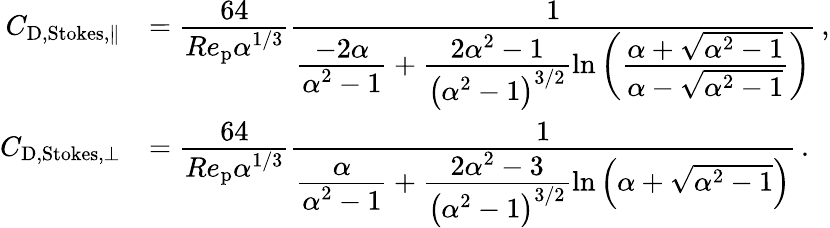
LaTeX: \begin{array}{rl}{C_{\mathrm{D,Stokes},\parallel}}&{=\cfrac{64}{Re_{\mathrm{p}}\alpha^{1/3}}\cfrac{1}{\cfrac{-2\alpha}{\alpha^{2}-1}+\cfrac{2\alpha^{2}-1}{\left(\alpha^{2}-1\right)^{3/2}}\ln\left(\cfrac{\alpha+\sqrt{\alpha^{2}-1}}{\alpha-\sqrt{\alpha^{2}-1}}\right)}\, ,}\\ {C_{\mathrm{D,Stokes},\perp}}&{=\cfrac{64}{Re_{\mathrm{p}}\alpha^{1/3}}\cfrac{1}{\cfrac{\alpha}{\alpha^{2}-1}+\cfrac{2\alpha^{2}-3}{\left(\alpha^{2}-1\right)^{3/2}}\ln\left({\alpha+\sqrt{\alpha^{2}-1}}\right)}\, .}\end{array}